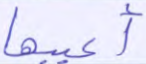
أعيبها